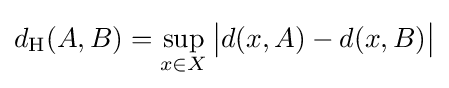
d_{\mathrm {H} }(A,B)=\sup _{x\in X}{\big |}d(x,A)-d(x,B){\big |}